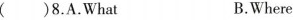
()8.A.What B.Where